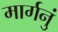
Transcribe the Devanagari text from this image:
मार्गनुं